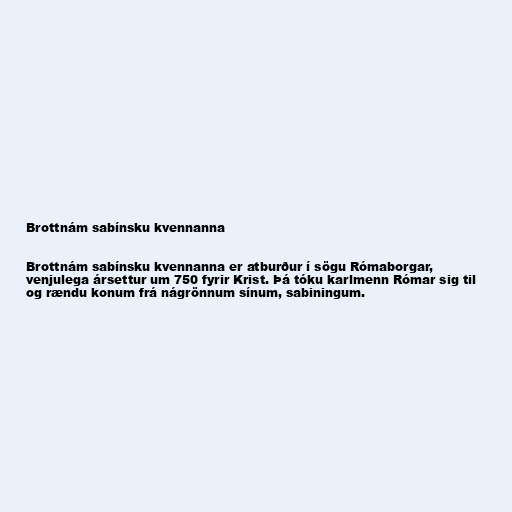
Brottnám sabínsku kvennanna

Brottnám sabínsku kvennanna er atburður í sögu Rómaborgar,
venjulega ársettur um 750 fyrir Krist. Þá tóku karlmenn Rómar sig til
og rændu konum frá nágrönnum sínum, sabiningum.